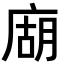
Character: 𢉢